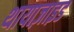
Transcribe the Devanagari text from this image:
थायाज़ाइड